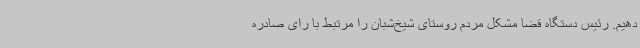
دهیم. رئیس دستگاه قضا مشکل مردم روستای شیخ‌شبان را مرتبط با رای صادره